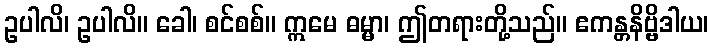
ဥပါလိ၊ ဥပါလိ။ ခေါ၊ စင်စစ်။ ဣမေ ဓမ္မာ၊ ဤတရားတို့သည်။ ဧကန္တနိဗ္ဗိဒါယ၊